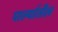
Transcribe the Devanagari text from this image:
पार्ल्यातील